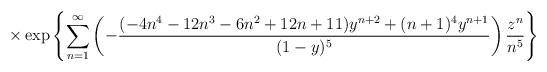
LaTeX: \begin{align*} \times \exp\left\{ \sum_{n=1}^{\infty} \left( - \frac{(-4n^4-12n^3-6n^2+12n+11)y^{n+2} + (n+1)^4 y^{n+1} }{(1-y)^5} \right) \frac{z^n}{n^5} \right\}\end{align*}